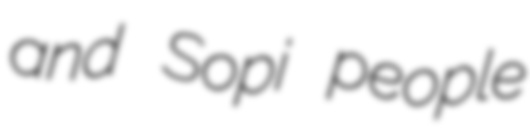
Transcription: and Sopi people